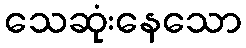
သေဆုံးနေသော